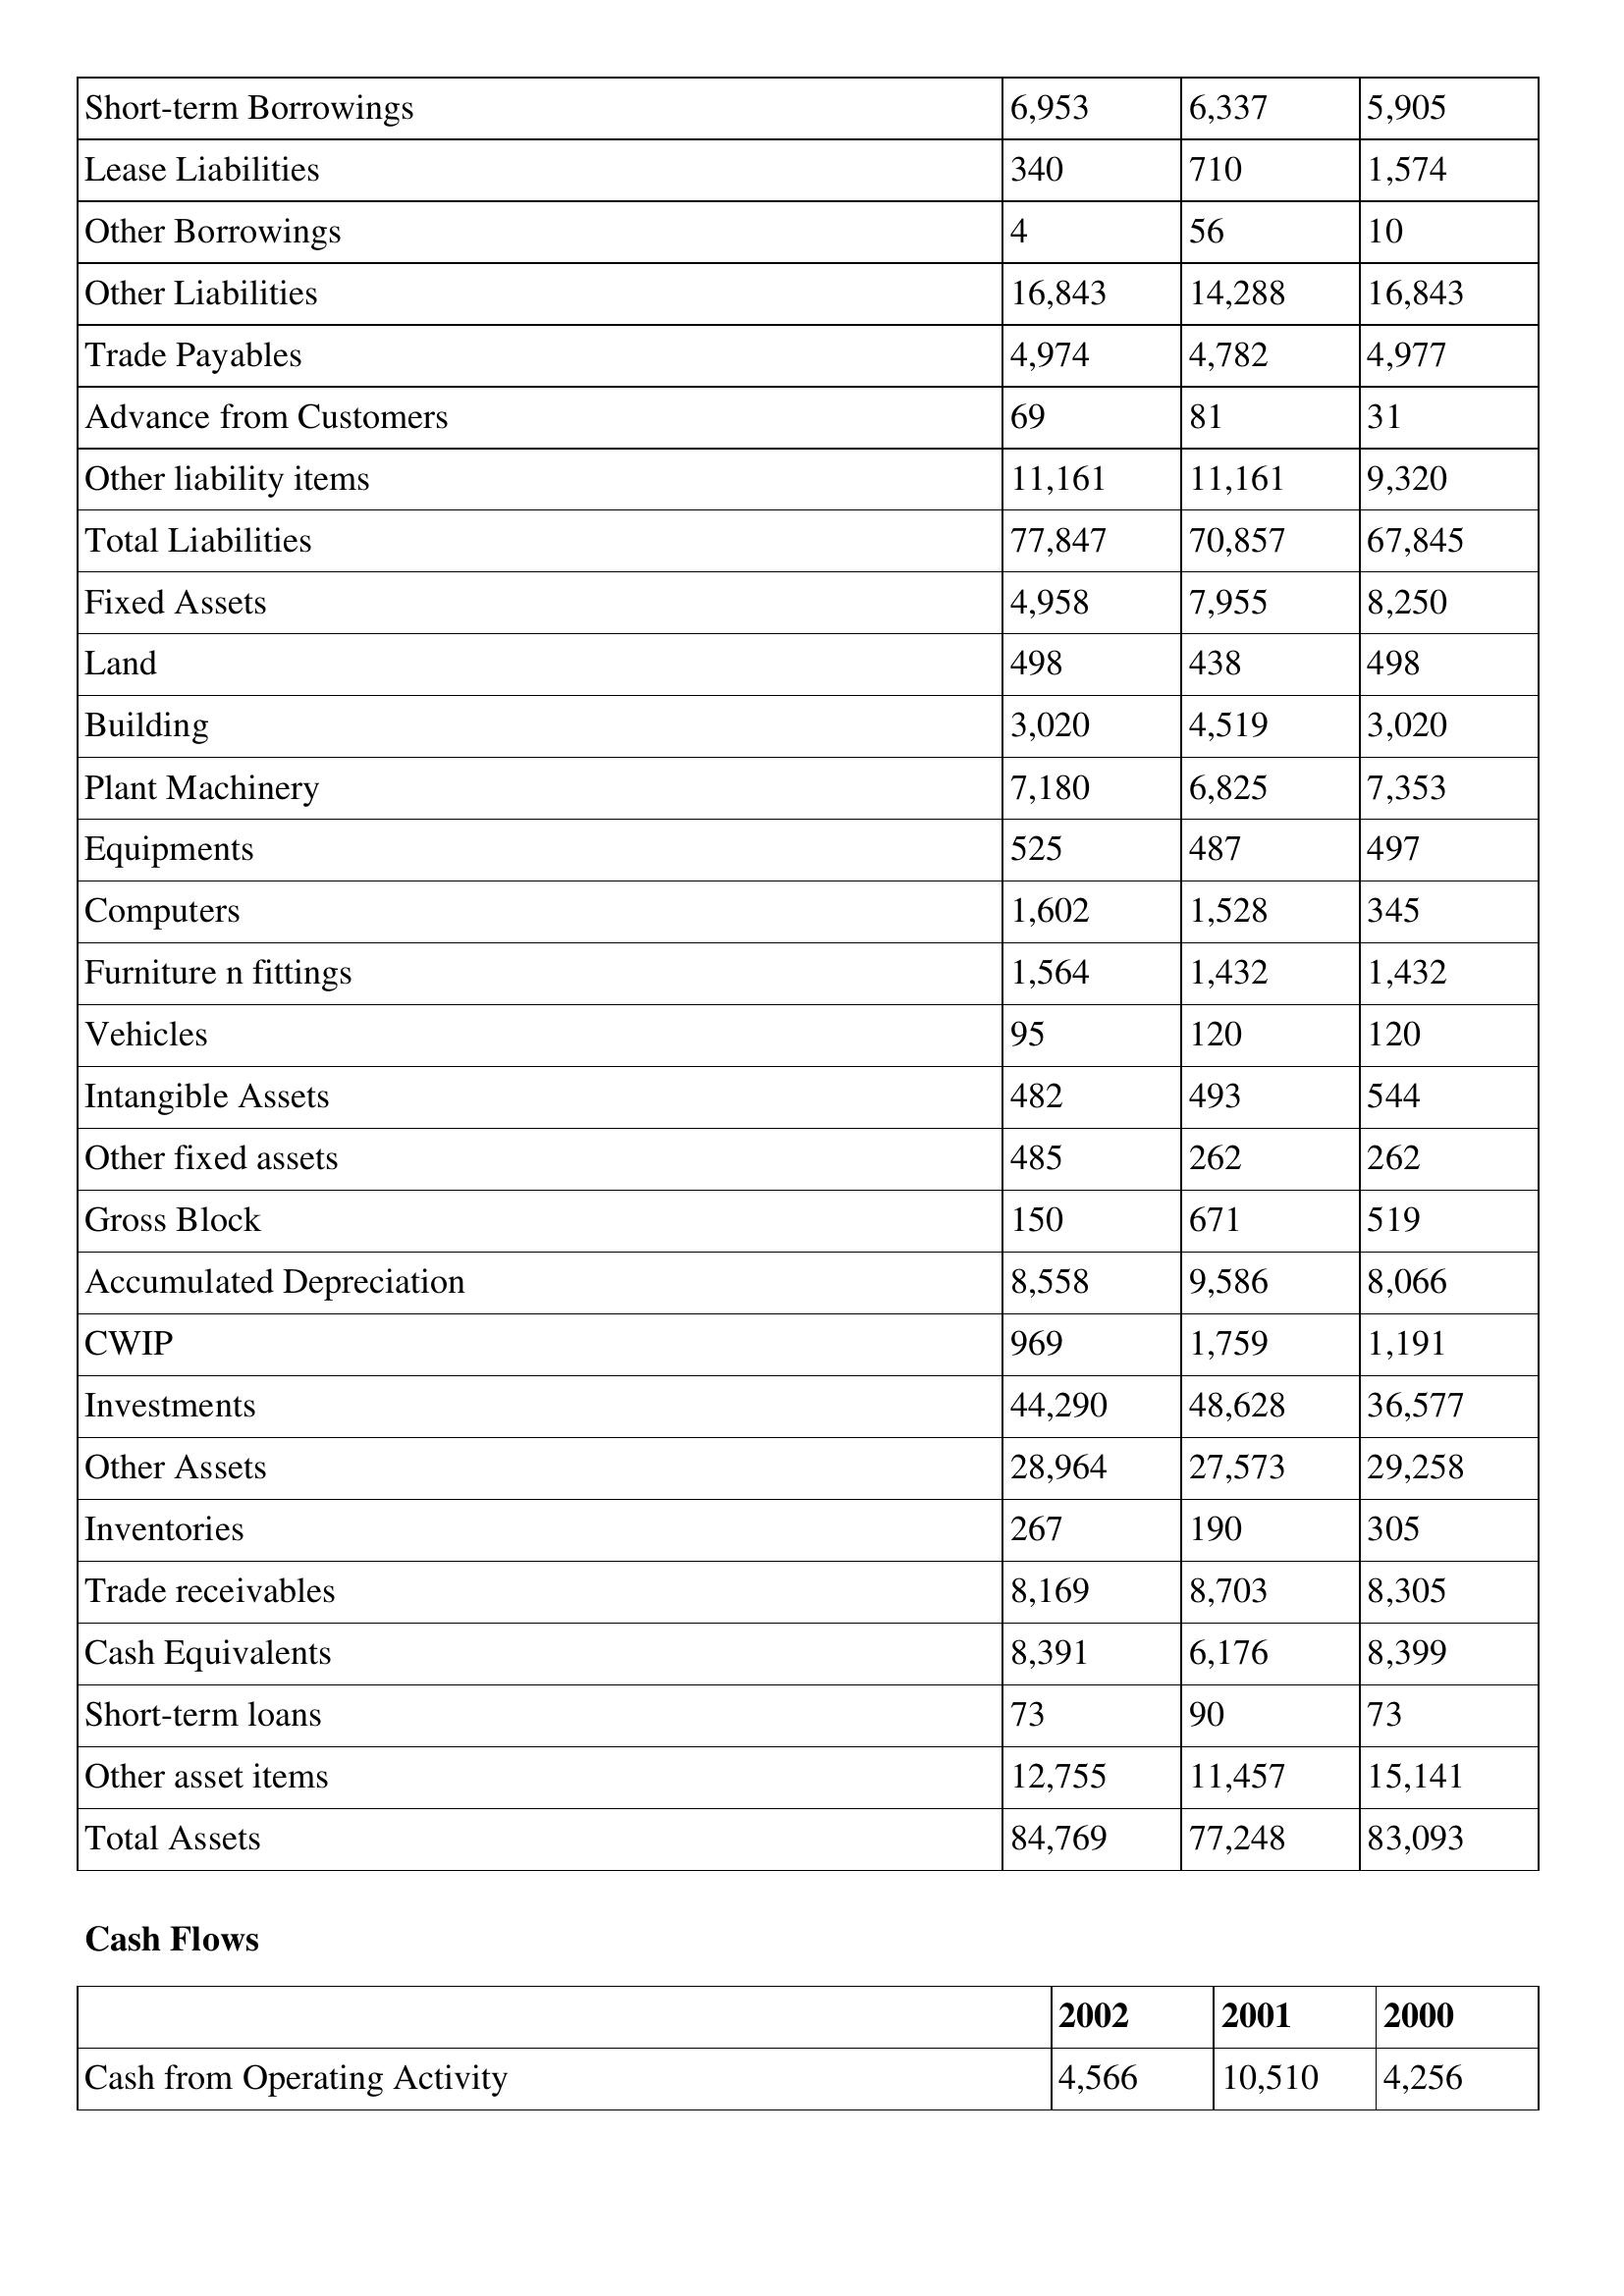
gt_parse: 2002: Balance Sheet: Short-term Borrowings: 6,953
Lease Liabilities: 340
Other Borrowings: 4
Other Liabilities: 16,843
Trade Payables: 4,974
Advance from Customers: 69
Other liability items: 11,161
Total Liabilities: 77,847
Fixed Assets: 4,958
Land: 498
Building: 3,020
Plant Machinery: 7,180
Equipments: 525
Computers: 1,602
Furniture n fittings: 1,564
Vehicles: 95
Intangible Assets: 482
Other fixed assets: 485
Gross Block: 150
Accumulated Depreciation: 8,558
CWIP: 969
Investments: 44,290
Other Assets: 28,964
Inventories: 267
Trade receivables: 8,169
Cash Equivalents: 8,391
Short-term loans: 73
Other asset items: 12,755
Total Assets: 84,769
Cash Flows: Cash from Operating Activity: 4,566
2001: Balance Sheet: Short-term Borrowings: 6,337
Lease Liabilities: 710
Other Borrowings: 56
Other Liabilities: 14,288
Trade Payables: 4,782
Advance from Customers: 81
Other liability items: 11,161
Total Liabilities: 70,857
Fixed Assets: 7,955
Land: 438
Building: 4,519
Plant Machinery: 6,825
Equipments: 487
Computers: 1,528
Furniture n fittings: 1,432
Vehicles: 120
Intangible Assets: 493
Other fixed assets: 262
Gross Block: 671
Accumulated Depreciation: 9,586
CWIP: 1,759
Investments: 48,628
Other Assets: 27,573
Inventories: 190
Trade receivables: 8,703
Cash Equivalents: 6,176
Short-term loans: 90
Other asset items: 11,457
Total Assets: 77,248
Cash Flows: Cash from Operating Activity: 10,510
2000: Balance Sheet: Short-term Borrowings: 5,905
Lease Liabilities: 1,574
Other Borrowings: 10
Other Liabilities: 16,843
Trade Payables: 4,977
Advance from Customers: 31
Other liability items: 9,320
Total Liabilities: 67,845
Fixed Assets: 8,250
Land: 498
Building: 3,020
Plant Machinery: 7,353
Equipments: 497
Computers: 345
Furniture n fittings: 1,432
Vehicles: 120
Intangible Assets: 544
Other fixed assets: 262
Gross Block: 519
Accumulated Depreciation: 8,066
CWIP: 1,191
Investments: 36,577
Other Assets: 29,258
Inventories: 305
Trade receivables: 8,305
Cash Equivalents: 8,399
Short-term loans: 73
Other asset items: 15,141
Total Assets: 83,093
Cash Flows: Cash from Operating Activity: 4,256